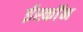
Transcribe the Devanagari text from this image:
ईस्काॅन